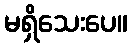
မရှိသေးပေ။